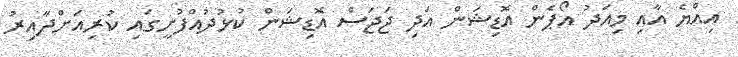
އިއްޔެ އާއި މިއަދު އޯޕެން އޮޑިޝަން އަދި ޖަޖަސް އޮޑިޝަން ކުޅުދުއްފުށީގައި ކުރިއަށްދާއިރު